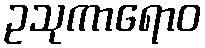
ဥသုကာရောဝ